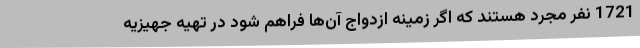
1721 نفر مجرد هستند که اگر زمینه ازدواج آن‌ها فراهم شود در تهیه جهیزیه